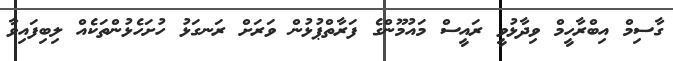
ގާސިމް އިބްރާހީމް ވިދާޅުވީ ރައީސް މައުމޫންގެ ފަރާތްޕުޅުން ވަރަށް ރަނގަޅު ހުށަހެޅުންތަކެއް ލިބިފައިވާ